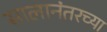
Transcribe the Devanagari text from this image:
सालानंतरच्या